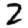
Digit: 2